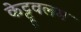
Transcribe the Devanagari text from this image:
केट्टूवलम